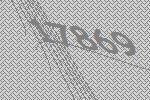
17869